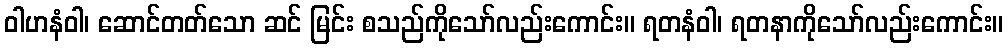
ဝါဟနံဝါ၊ ဆောင်တတ်သော ဆင် မြင်း စသည်ကိုသော်လည်းကောင်း။ ရတနံဝါ၊ ရတနာကိုသော်လည်းကောင်း။